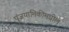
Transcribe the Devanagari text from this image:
पुंजयामिकीमधील